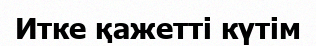
Итке қажетті күтім